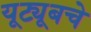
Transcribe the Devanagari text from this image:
यूट्यूबचे